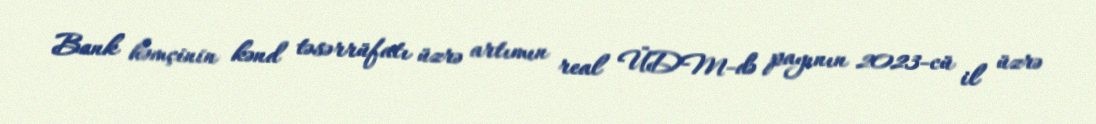
Bank həmçinin kənd təsərrüfatı üzrə artımın real ÜDM-də payının 2023-cü il üzrə